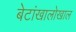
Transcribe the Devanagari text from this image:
बेटांखालोखाल